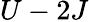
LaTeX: U-2J